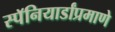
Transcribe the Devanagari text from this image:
स्पॅनियार्डांप्रमाणे